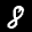
Label: 8